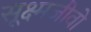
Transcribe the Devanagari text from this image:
सूक्ष्मजीवो